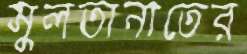
সুলতানাতের